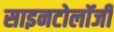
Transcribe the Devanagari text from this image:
साइनटोलॉजी